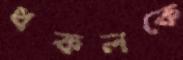
ধকলকে